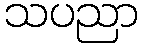
သပညာ